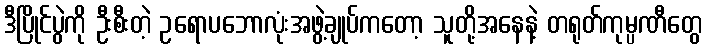
ဒီပြိုင်ပွဲကို ဦးစီးတဲ့ ဥရောပဘောလုံးအဖွဲ့ချုပ်ကတော့ သူတို့အနေနဲ့ တရုတ်ကုမ္ပဏီတွေ